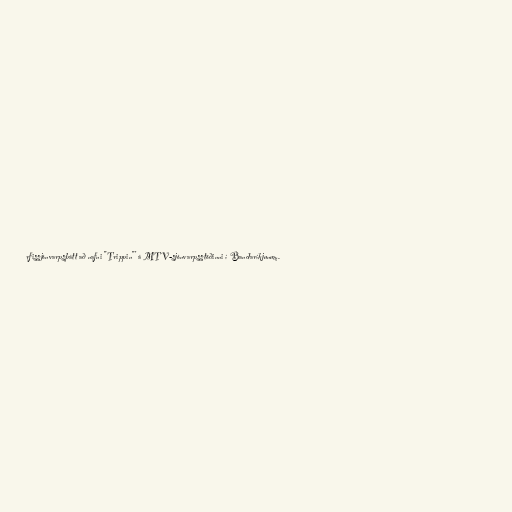
rfissjónvarpsþátt að nafni "Trippin"' á MTV-sjónvarpsstöðinni í Bandaríkjunum.